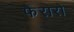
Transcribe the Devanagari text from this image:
फेरारो